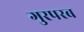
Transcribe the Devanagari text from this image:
गुरपरब